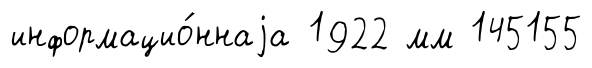
информацио́ннаjа 1922 мм 145155